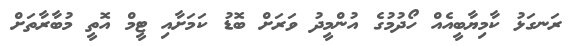
ރަނގަޅު ކާމިޔާބީއެއް ހޯދުމުގެ އުންމީދު ވަރަށް ބޮޑު ކަމަށާއި ޓީމް އޮތީ މުބާރާތަށް